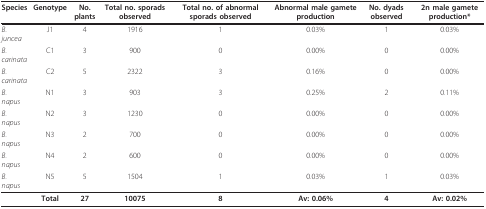
<table><thead><tr><td><b>Species</b></td><td><b>Genotype</b></td><td><b>No. plants</b></td><td><b>Total no. sporads observed</b></td><td><b>Total no. of abnormal sporads observed</b></td><td><b>Abnormal male gamete production</b></td><td><b>No. dyads observed</b></td><td><b>2n male gamete production*</b></td></tr></thead><tbody><tr><td><i>B. juncea</i></td><td>J1</td><td>4</td><td>1916</td><td>1</td><td>0.03%</td><td>1</td><td>0.03%</td></tr><tr><td><i>B. carinata</i></td><td>C1</td><td>3</td><td>900</td><td>0</td><td>0.00%</td><td>0</td><td>0.00%</td></tr><tr><td><i>B. carinata</i></td><td>C2</td><td>5</td><td>2322</td><td>3</td><td>0.16%</td><td>0</td><td>0.00%</td></tr><tr><td><i>B. napus</i></td><td>N1</td><td>3</td><td>903</td><td>3</td><td>0.25%</td><td>2</td><td>0.11%</td></tr><tr><td><i>B. napus</i></td><td>N2</td><td>3</td><td>1230</td><td>0</td><td>0.00%</td><td>0</td><td>0.00%</td></tr><tr><td><i>B. napus</i></td><td>N3</td><td>2</td><td>700</td><td>0</td><td>0.00%</td><td>0</td><td>0.00%</td></tr><tr><td><i>B. napus</i></td><td>N4</td><td>2</td><td>600</td><td>0</td><td>0.00%</td><td>0</td><td>0.00%</td></tr><tr><td><i>B. napus</i></td><td>N5</td><td>5</td><td>1504</td><td>1</td><td>0.03%</td><td>1</td><td>0.03%</td></tr><tr><td></td><td><b>Total</b></td><td><b>27</b></td><td><b>10075</b></td><td><b>8</b></td><td><b>Av: 0.06%</b></td><td><b>4</b></td><td><b>Av: 0.02%</b></td></tr></tbody></table>